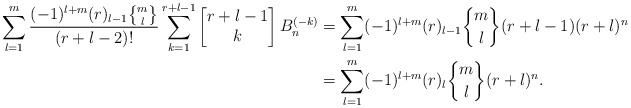
\begin{align*}\displaystyle \sum_{l=1}^{m}\dfrac{(-1)^{l+m}(r)_{l-1}\genfrac{\{}{\}}{0pt}{}{m}{l}}{(r+l-2)!}\displaystyle \sum_{k=1}^{r+l-1}\begin{bmatrix}r+l-1\\k\end{bmatrix}B_n^{(-k)}&=\displaystyle \sum_{l=1}^{m} (-1)^{l+m} (r)_{l-1} \genfrac{\{}{\}}{0pt}{}{m}{l} (r+l-1)(r+l)^n\\&=\displaystyle \sum_{l=1}^{m} (-1)^{l+m} (r)_{l} \genfrac{\{}{\}}{0pt}{}{m}{l} (r+l)^n.\end{align*}